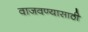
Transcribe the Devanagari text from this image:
वाजवण्यासाठी